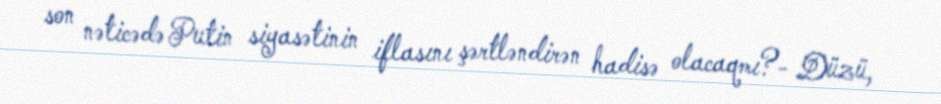
son nəticədə Putin siyasətinin iflasını şərtləndirən hadisə olacaqmı?- Düzü,